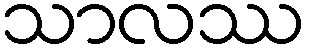
သာလဿ